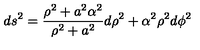
d s ^ { 2 } = { \frac { \rho ^ { 2 } + a ^ { 2 } \alpha ^ { 2 } } { \rho ^ { 2 } + a ^ { 2 } } } d \rho ^ { 2 } + \alpha ^ { 2 } \rho ^ { 2 } d \phi ^ { 2 }